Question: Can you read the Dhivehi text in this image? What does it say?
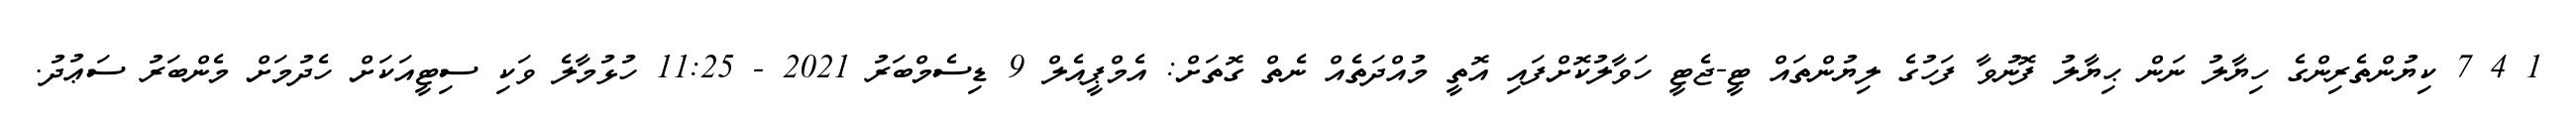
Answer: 1 4 7 ކިޔުންތެރިންގެ ހިޔާލު ނަން ޙިޔާލު ފޮނުވާ ފަހުގެ ލިޔުންތައް ޓީ-ޖެޓީ ހަވާލުކޮށްފައި އޮތީ މުއްދަތެއް ނެތް ގޮތަށް: އެމްޕީއެލް 9 ޑިސެމްބަރު 2021 - 11:25 ހުޅުމާލެ ވަކި ސިޓީއަކަށް ހެދުމަށް މެންބަރު ސަޢުދު.